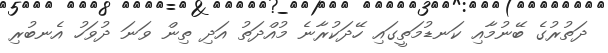
ދަތުރުގެ ބޭނުމާއި ކަނޑުމަތީގައި ހޭދަކުރާނެ މުއްދަތު އަދި ތިން ވަނަ ދުވަހު އެނބުރި